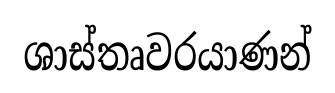
ශාස්තෘවරයාණන්